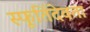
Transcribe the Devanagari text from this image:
स्फूर्तिदेवता